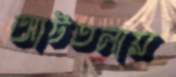
আটতলায়